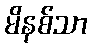
မိနစ်သာ